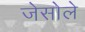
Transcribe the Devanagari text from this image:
जेसोले